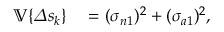
\begin{array} { r l } { \mathbb { V } \{ \varDelta s _ { k } \} } & { { } = ( \sigma _ { n 1 } ) ^ { 2 } + ( \sigma _ { a 1 } ) ^ { 2 } , } \end{array}